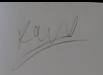
Signature authenticity: genuine